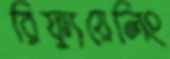
রিফ্যুয়েলিং